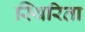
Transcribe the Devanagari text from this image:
स्थिरिता